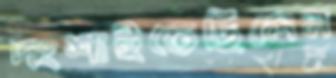
দংশাইতেছিলেন